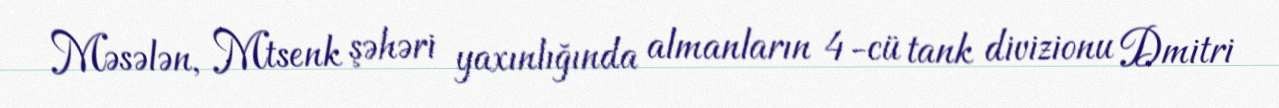
Məsələn, Mtsenk şəhəri yaxınlığında almanların 4-cü tank divizionu Dmitri